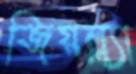
জিয়ল্ল্যা